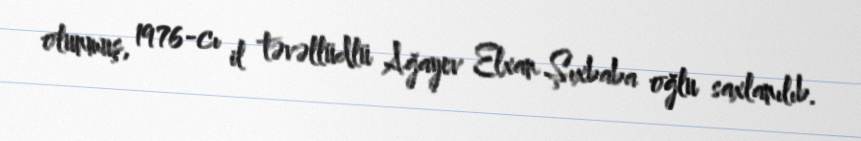
olunmuş, 1976-cı il təvəllüdlü Ağayev Elxan Şıxbaba oğlu saxlanılıb.